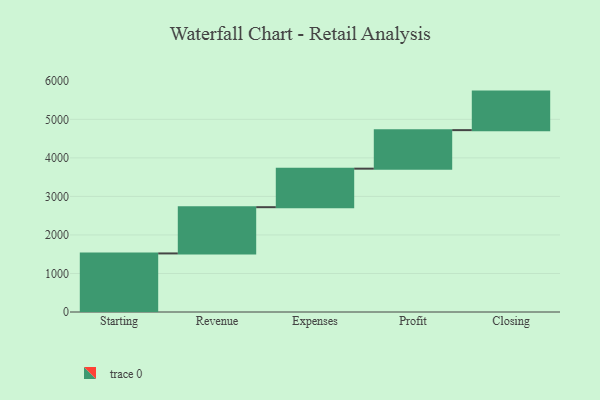
{"axis": {"x": "Step", "y": "Value"}, "legend": [""], "data": [{"x": "Starting", "y": 1520.0, "type": ""}, {"x": "Revenue", "y": 1200.0, "type": ""}, {"x": "Expenses", "y": 1000, "type": ""}, {"x": "Profit", "y": 1000, "type": ""}, {"x": "Closing", "y": 1000, "type": ""}]}